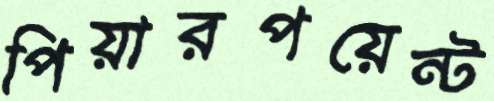
পিয়ারপয়েন্ট